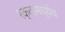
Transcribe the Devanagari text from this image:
रक्तामध्येच